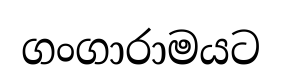
ගංගාරාමයට